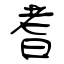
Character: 耆